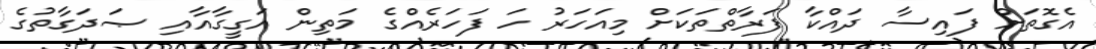
އެގޮތަށް ފައިސާ ދައްކާ ފަރާތްތަކަށް މިއަހަރު ހަ ފަހަރެއްގެ މަތިން އަގީގާއާއި ޞަދަގާތުގެ